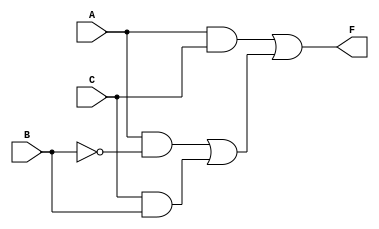
`timescale 1ns/1ns
module newCircuit(A, B, C, F);

	input A, B, C;
	output F;

	wire D, E, W, G, H;
	not not_1(W, B);
	and #5  ( D, A, W);
	and #10 ( E, C, B);
	and #15 ( G, A, C);
	or( H, D, E);
	or( F, G, H);
endmodule